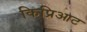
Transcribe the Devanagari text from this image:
किप्रिआट